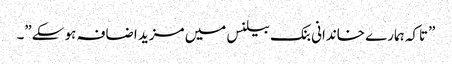
”تاکہ ہمارے خاندانی بنک بیلنس میں مزید اضافہ ہو سکے”۔